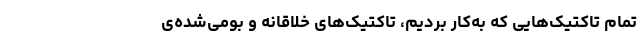
تمام تاکتیک‌هایی که به‌کار بردیم، تاکتیک‌های خلاقانه و بومی‌شده‌ی